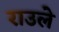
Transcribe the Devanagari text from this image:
राउले